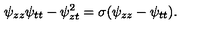
\psi _ { z z } \psi _ { t t } - \psi _ { z t } ^ { 2 } = \sigma ( \psi _ { z z } - \psi _ { t t } ) .